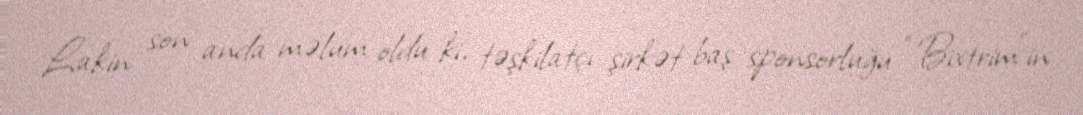
Lakin son anda məlum oldu ki, təşkilatçı şirkət baş sponsorluğu “Bixtrim”in